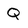
Character: Q